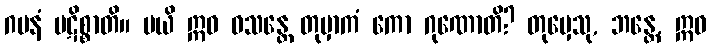
ဂမနံ ပဋိစ္စာတိ။ မယိ ဣဓ ဝသန္တေ တုမှာကံ ကော ဂုဏောတိ? တုမှေသု, ဘန္တေ, ဣဓ